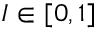
I \in [ 0 , 1 ]